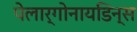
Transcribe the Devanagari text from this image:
पेलार्गोनायडिन्स